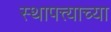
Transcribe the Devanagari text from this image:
स्थापत्त्याच्या